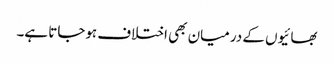
بھائیوں کے درمیان بھی اختلاف ہوجاتا ہے۔